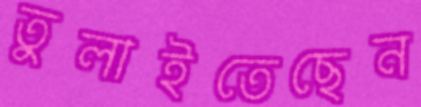
তুলাইতেছেন